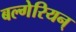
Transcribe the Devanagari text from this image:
बल्गेरियन्